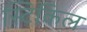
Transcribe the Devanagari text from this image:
स्टिकिल